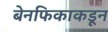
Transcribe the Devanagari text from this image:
बेनफिकाकडून